Indian journal of veterinary science and animal husbandry - Volumes 26-27, 1956-1957
Year: 1956
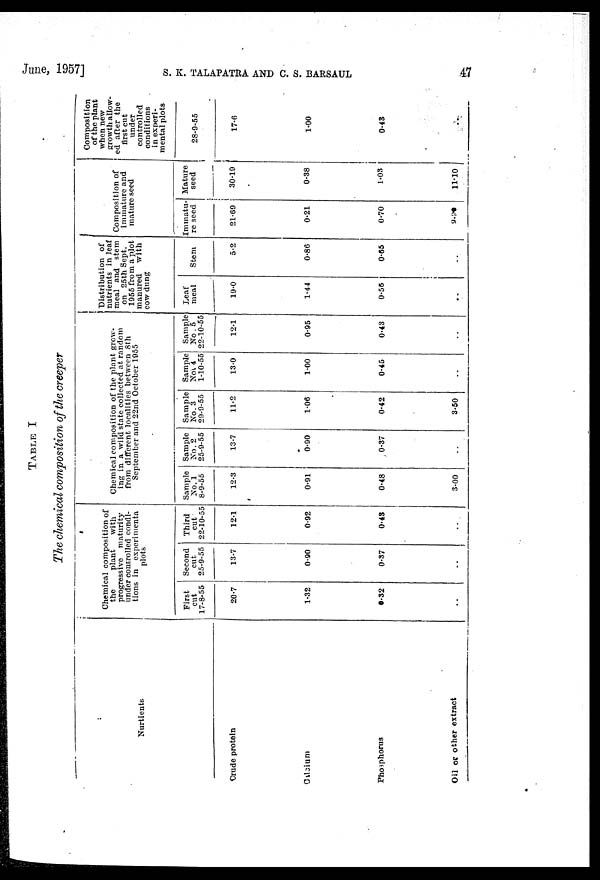
June, 1957]
S.
K.
TALAPATRA
AND
C.
S.
BARSAUL
47
TABLE I
The chemical composition of the creeper
Nurtients
Crude protein
Calcium
Phosphorus
Oil or other extract
Chemical composition of
the
plant
with
progressive maturity
under controlled condi-
tions in experimenta
plots
First
cut
17-8-55
20.7
1.32
0.32
..
Second
cut
25-9-55
13.7
0.90
0.37
..
Third
cut
22-10-55
12.1
0.92
0.48
..
Chemical composition of the plant grow-
ing in a wild state collected at random
from different localities between 8th
September and 22nd October 1955
Sample
No. 1
8-9-55
12.3
0.91
0.48
3.00
Sample
No. 2
25-9-55
13.7
0.90
0.37
..
Sample
No. 3
29-9-55
11.2
1.06
0.42
3.50
Sample
Nov 4
1-10-55
13.0
1.00
0.45
..
Sample
No. 5
22-10-55
12.1
0.95
0.43
..
Distribution of
nutrients in leaf
meal and stem
on 25th Sept.
1955 from a plot
manured
with
cow dung
Leaf
meal
19.0
1.44
0.56
..
Stem
5.2
0.86
0.65
..
Composition of
immature and
mature seed
Immatu-
re seed
21.69
0.21
0.70
9.90
Mature
seed
30.19
0.38
1.03
11.10
Composition
of the plant
when new
growth allow-
ed after the
first cut
under
controlled
conditions
in experi-
mental plots
28-9-55
17.6
1.00
0.43